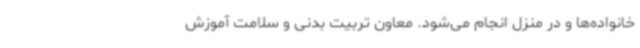
خانواده‌ها و در منزل انجام می‌شود. معاون تربیت بدنی و سلامت آموزش